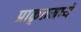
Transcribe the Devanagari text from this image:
प्राकृतमध्ये